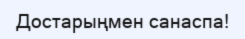
Достарыңмен санаспа!